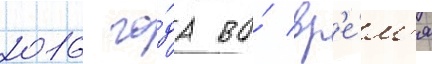
2016 го́да во́ вр'е́м'я